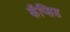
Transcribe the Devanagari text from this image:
कॅप्सिड